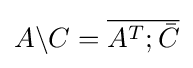
A\backslash C={\overline {A^{T};{\bar {C}}}}